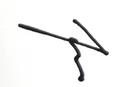
Signature authenticity: genuine